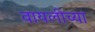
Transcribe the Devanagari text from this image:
वायलीच्या